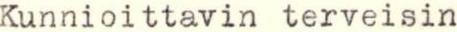
Kunnioittavin terveisin